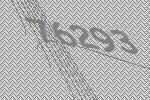
76293